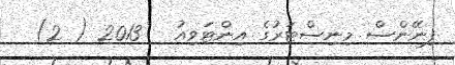
ފިނޭންސް މިނިސްޓަރުގެ އިންޓަވިއު   2013 ( 2)